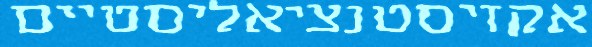
אקזיסטנציאליסטיים